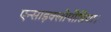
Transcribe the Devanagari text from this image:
एन्साइक्लोपीडिया।